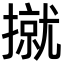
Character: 㩆